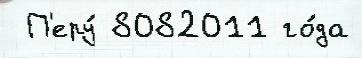
 П'еру́ 8082011 го́да